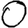
Digit: 0